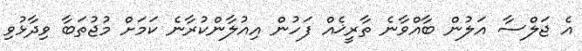
އެ ޖަލްސާ އަލުން ބާއްވާނެ ތާރީޚެއް ފަހުން އިއުލާންކުރާނެ ކަމަށް މުުޖުތަބާ ވިދާޅުވި